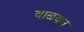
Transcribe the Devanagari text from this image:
वाळवुन